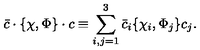
\bar { c } \cdot \{ \chi , \Phi \} \cdot c \equiv \sum _ { i , j = 1 } ^ { 3 } \bar { c } _ { i } \{ \chi _ { i } , \Phi _ { j } \} c _ { j } .